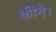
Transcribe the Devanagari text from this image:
कीने।